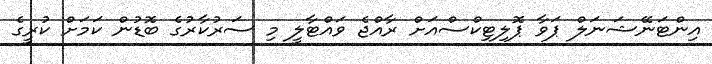
އިންޓަނޭޝަނަލް ޕަވާ ޕޮލިޓިކްސްއަށް ރާއްޖެ ވައްޓާލީ މި ސަރުކާރުގެ ބޮޑުން ކަމަށް ކުރީގެ